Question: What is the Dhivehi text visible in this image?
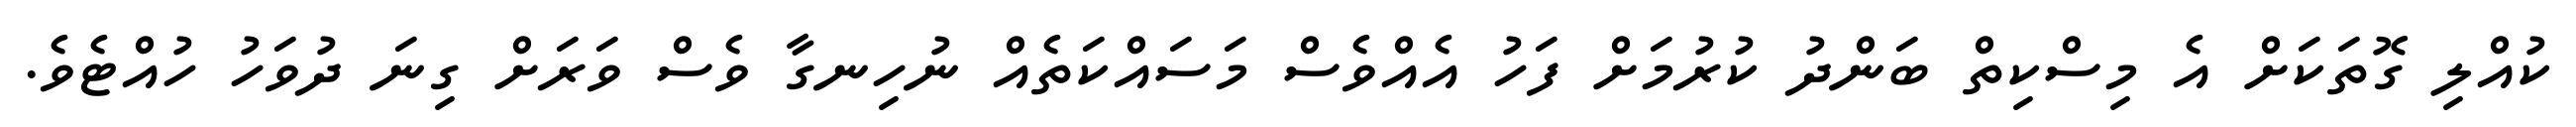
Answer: ކުއްލި ގޮތަކަށް އެ މިސްކިތް ބަންދު ކުރުމަށް ފަހު އެއްވެސް މަސައްކަތެއް ނުހިނގާ ވެސް ވަރަށް ގިނަ ދުވަހު ހުއްޓެވެ.